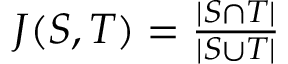
\begin{array} { r } { J ( S , T ) = \frac { | S \cap T | } { | S \cup T | } } \end{array}